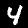
Label: 4